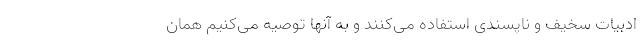
ادبیات سخیف و ناپسندی استفاده می‌کنند و به آنها توصیه می‌کنیم همان